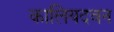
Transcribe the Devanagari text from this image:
कालियदवन